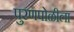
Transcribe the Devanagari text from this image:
पुरणपोळीला